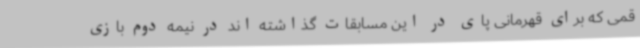
قمی که برای قهرمانی پای در این مسابقات گذاشته اند در نیمه دوم بازی